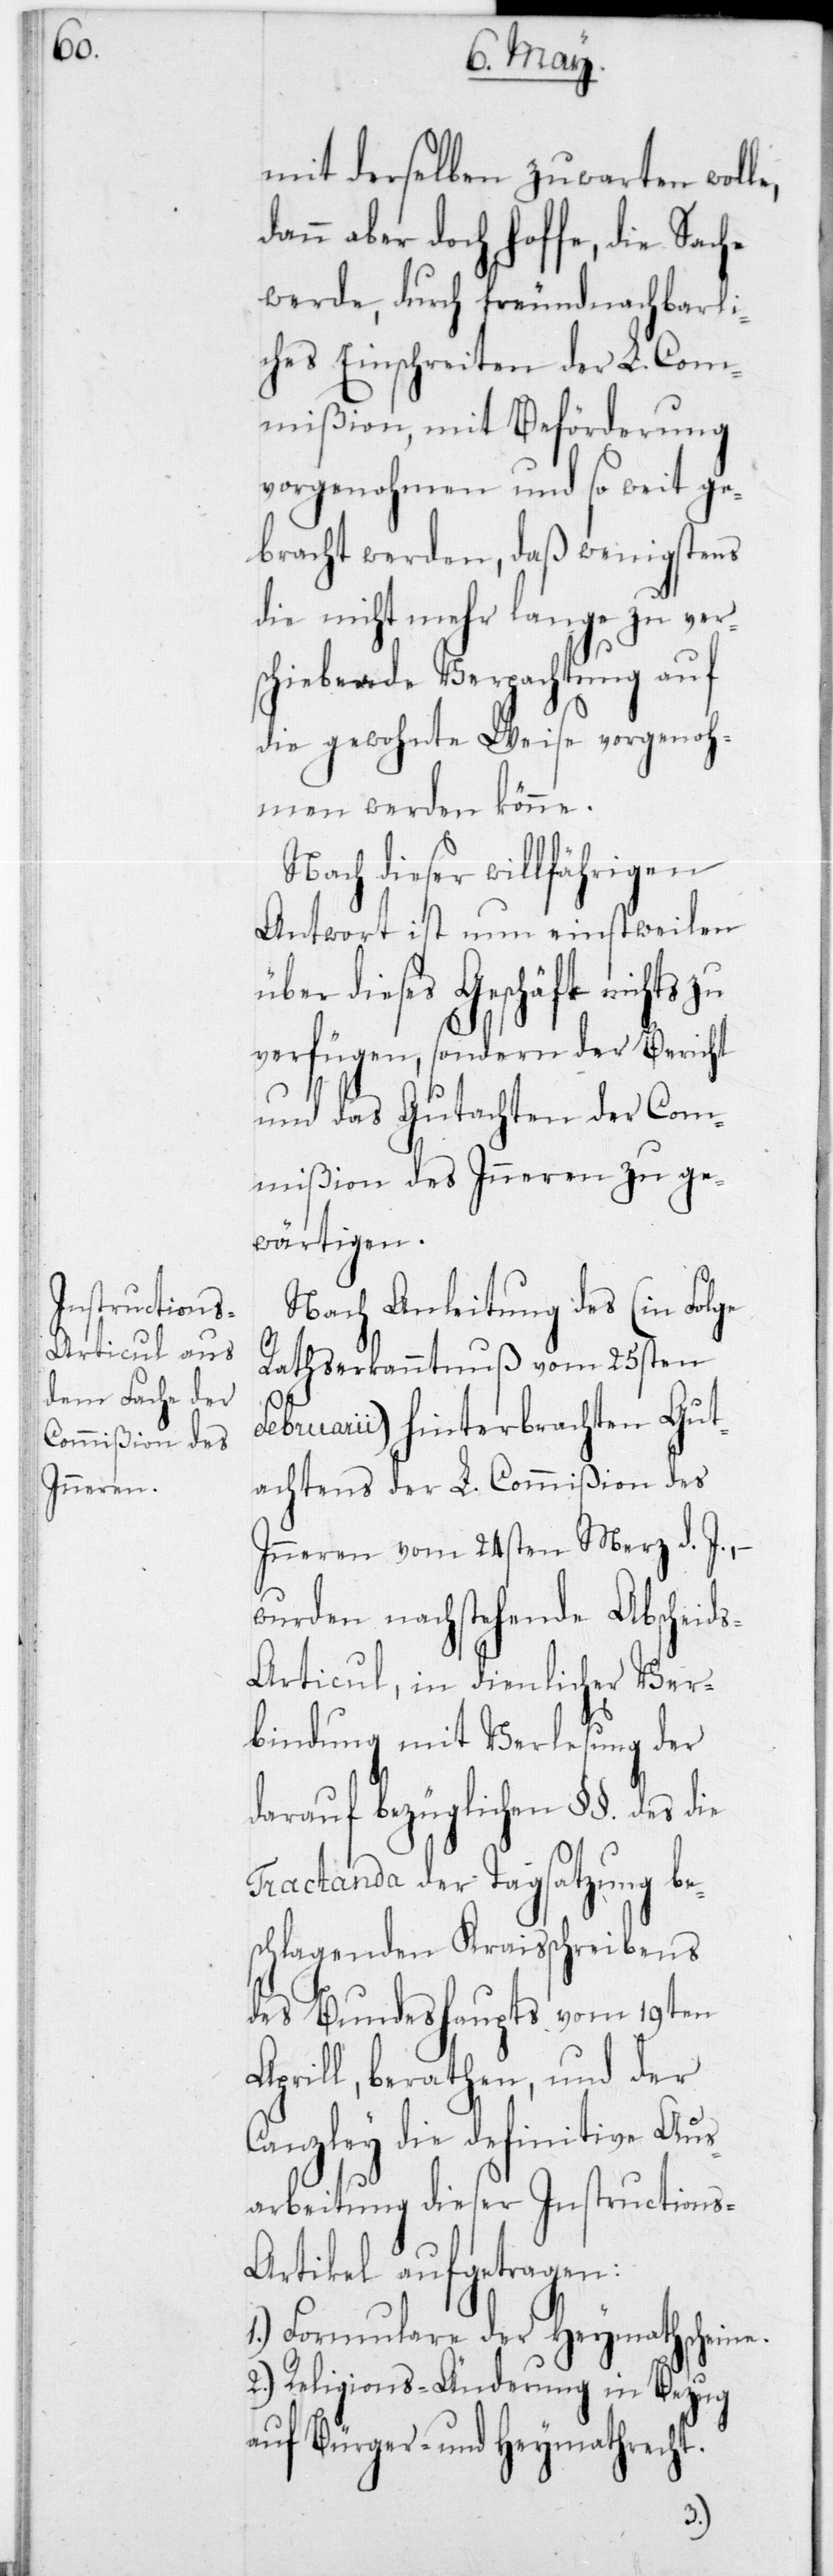
mit derselben zuwarten wolle,
dann aber doch hoffe, die Sache
werde, durch freundnachbarli¬
ches Einschreiten der L. Com¬
mißion, mit Beförderung
vorgenohmen und so weit ge¬
bracht werden, daß wenigstens
die nicht mehr lange zu ver¬
schiebende Verpachtung auf
die gewohnte Weise vorgenoh¬
men werden könne.
Nach dieser willfährigen
Antwort ist nun einstweilen
über dieses Geschäft nichts
verfügen, sondern der Bericht
und das Gutachten der Com¬
mißion des Inneren zu ge¬
wärtigen.
Nach Anleitung des (in Folge
Ratherkanntnuß vom 25sten
Februarii) hinterbrachten Gut¬
achtens der L. Commißion des
Inneren vom 24sten Merz d. J., –
wurden nachstehende Abscheid¬
s-Articul, in dienlicher Ver¬
bindung mit Verlesung der
darauf bezüglichen §§ des die
Tractanda der Tagsatzung be¬
schlagenden Kreisschreibens
des Bundeshaupts vom 19ten
Aprill, berathen, und der
Canzley die definitive Aus¬
arbeitung dieser Instructions-A¬
rtikel aufzutragen:
1.) Formulare der Heymathscheine.
2.) Religions-Änderung in Bezug
auf Bürger- und Heymathrecht.